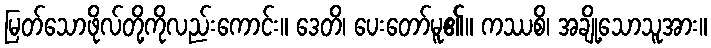
မြတ်သောဖိုလ်တို့ကိုလည်းကောင်း။ ဒေတိ၊ ပေးတော်မူ၏။ ကဿစိ၊ အချို့သောသူအား။